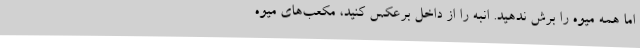
اما همه میوه را برش ندهید. انبه را از داخل برعکس کنید، مکعب‌های میوه